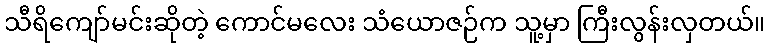
သီရိကျော်မင်းဆိုတဲ့ ကောင်မလေး သံယောဇဉ်က သူ့မှာ ကြီးလွန်းလှတယ်။